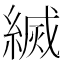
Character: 𦄅